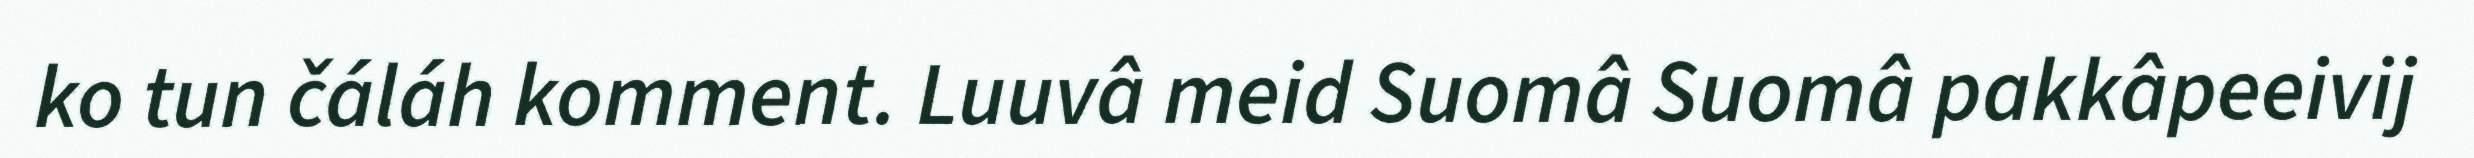
ko tun čáláh komment. Luuvâ meid Suomâ Suomâ pakkâpeeivij